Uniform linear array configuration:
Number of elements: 64
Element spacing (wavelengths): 0.5
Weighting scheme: blackman
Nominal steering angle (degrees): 30
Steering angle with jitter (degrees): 30.63
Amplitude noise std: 0.05
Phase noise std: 0.05

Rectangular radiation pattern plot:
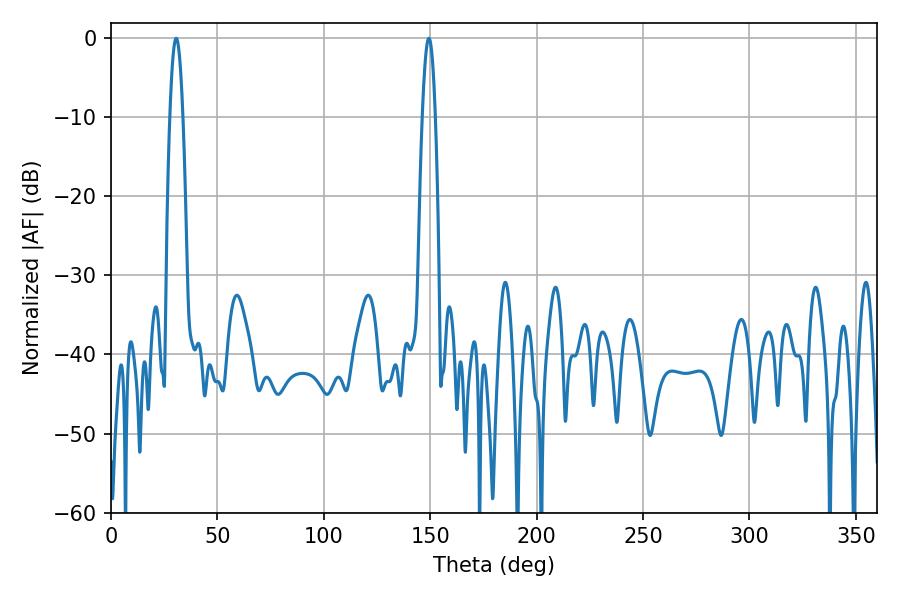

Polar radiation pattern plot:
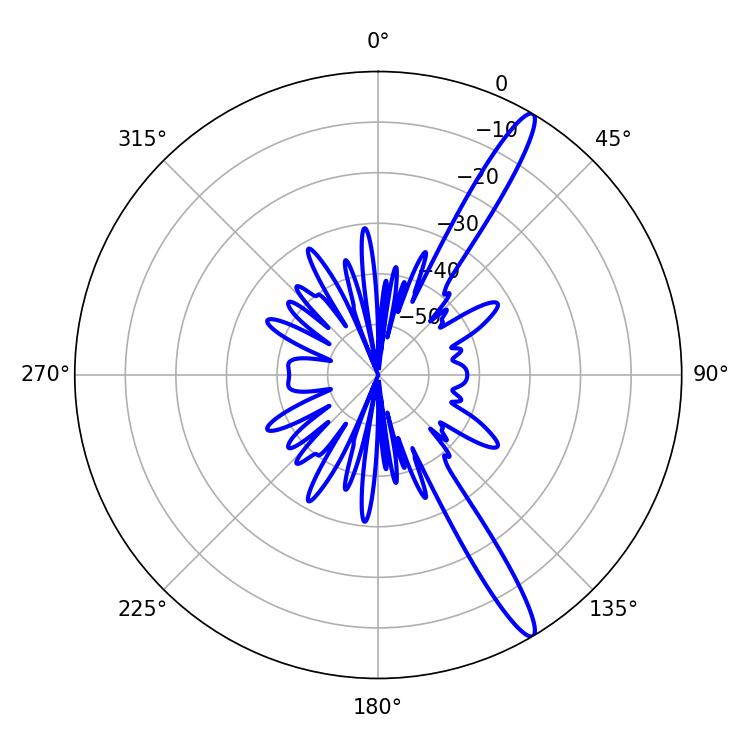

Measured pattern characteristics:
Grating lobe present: FALSE
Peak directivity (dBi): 14.866
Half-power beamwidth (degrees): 3.24
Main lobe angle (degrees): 30.6